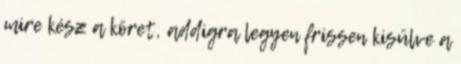
mire kész a köret, addigra legyen frissen kisülve a